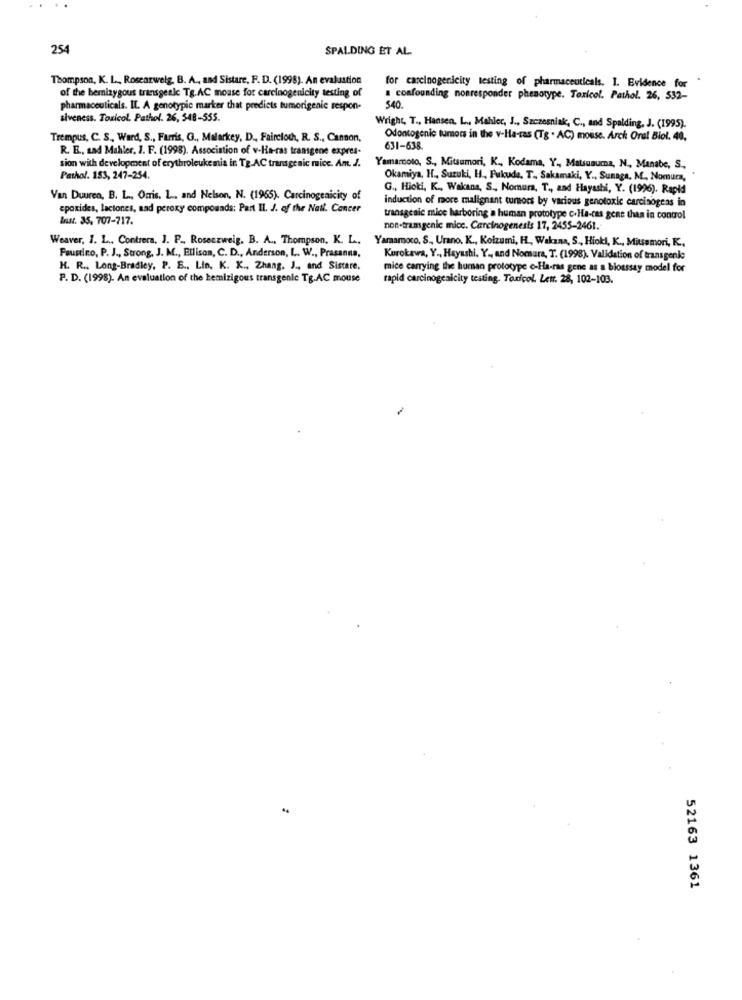
254
SPALDING ET AL.
Thompson, K. L ., Rosearwelg. B. A ., and Sistare, F. D. (1998). An evaluation
for carcinogenicity testing of pharmaceuticals. I. Evidence for
of the bemizygous transgenic Tg.AC mouse for carcinogenicity testing of
I confounding nonresponder phenotype. Toxicol. Pathol. 26, 532-
pharmaceuticals. IL. A genotypie marker that predicts tumorigenic respon-
540.
siveness. Toxicol. Pathol. 26, 548-555.
Wright, T ., Hansen, L .. Mahler, J ., Szczesniak, C ., and Spalding, J. (1995).
Trempus, C. S ., Ward, S ., Farris, G ., Malarkey, D ., Faircloth, R. S ., Canson,
Odontogenic tumors in the v-Ha-ras (Tg . AC) mouse. Arch Oral Biol. 40,
R. E ., Lad Mahler, J. F. (1998). Association of v-Ha-ras transgene expres-
631-638.
sion with development of erythroleukemia in Tg.AC transgenic mice. Am. J.
Yamamoto, S ., Mitsumori, K ., Kodama, Y ., Malsuauma, N ., Manabe, S .,
Pathol. 183, 247-254.
Okamiya, H ., Suzuki, H. Fukude. T. Sakamaki, Y ., Sunaga, M. Nomura,
G ., Hioti, K ., Wakana, S ., Nomura, T ., and Hayashi, Y. (1996). Rapid
Van Duuren, B. L ., Orris, L. and Nelson, N. (1965). Carcinogenicity of
induction of more malignant tumors by various genotoxic carcinogens in
epoxides, laciones, sad peroxy compounds: Part II. J. of the Nati. Cancer
Inst. 35, 707-717.
transgenic mice harboring a human prototype c.Ha-ces gens then in control
non-tramgenic mice. Carcinogenesis 17, 2455-2461.
Weaver, I. L ., Contrera, J. P ., Rosenzweig. B. A ., Thompson. K. L ..
Faustino, P. J ., Strong, J. M ., Ellison, C. D ., Anderson, L. W ., Prasanna,
Yaramoco. S ., Urano. K ., Koizumi, HL, Wakana, S ., Hiokl, K ., Mitsamori, K .,
Kurokawa, Y ., Hayashi. Y ., and Nomura, T. (1998). Validation of transgenie
H. R ., Long-Bradley, P. E ., Lin, K. K ., Zhang. J ., and Sistere,
mice carrying the human prototype o-Ha-ras gene as a bioassay model for
P. D. (1998). An evaluation of the hemizigous transgenle Tg.AC mouse
rapid carcinogenicity testing. Toxicol. Letr. 28, 102-103.
52163 1361